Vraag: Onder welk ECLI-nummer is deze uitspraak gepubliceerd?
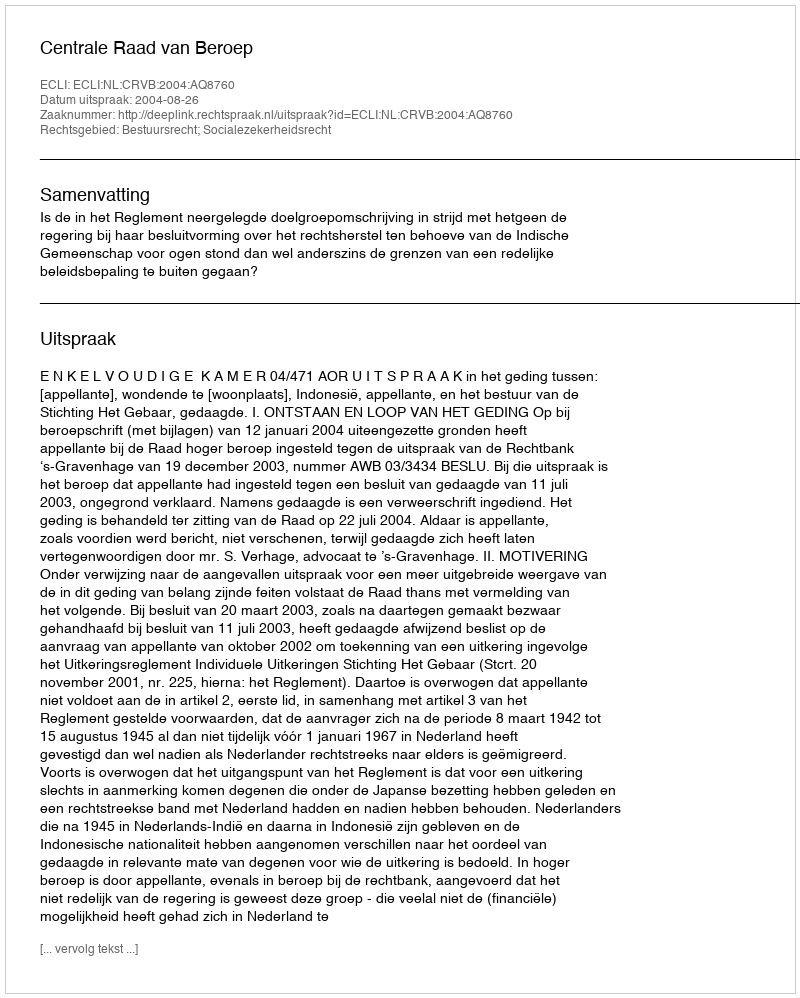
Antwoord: ECLI:NL:CRVB:2004:AQ8760